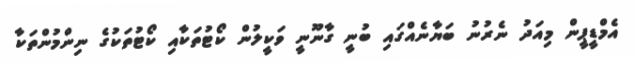
އެމްޑީޕީން މިއަދު ނެރުނު ބަޔާނެއްގައި ބުނީ ގާނޫނީ ވަކީލުން ކޯޓުތަކާއި ކޯޓުތަކުގެ ނިންމުންތަކާ